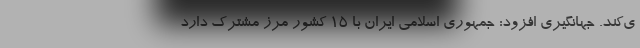
ی‌کند. جهانگیری افزود: جمهوری اسلامی ایران با ۱۵ کشور مرز مشترک دارد